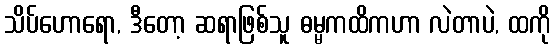
သိပ်ဟောရော, ဒီတော့ ဆရာဖြစ်သူ ဓမ္မကထိကဟာ လဲတာပဲ, ထကို